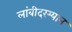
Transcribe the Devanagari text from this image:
लांबीदरम्यान